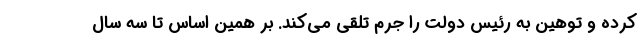
کرده و توهین به رئیس دولت را جرم تلقی می‌کند. بر همین اساس تا سه سال